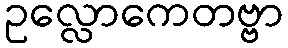
ဥလ္လောကေတဗ္ဗာ